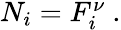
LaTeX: \begin{array}{r}{N_{i}=F_{i}^{\nu}\ .}\end{array}